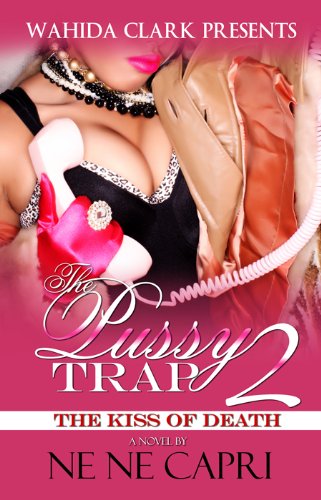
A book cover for The Pussy Trap 2: The Kiss of Death; Ne Ne Capri; Romance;